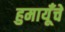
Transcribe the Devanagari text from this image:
हुमायूँचे